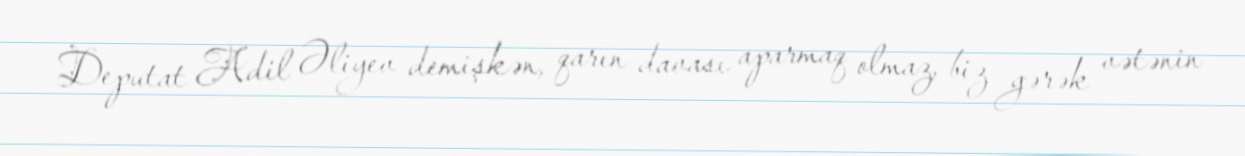
Deputat Adil Əliyev demişkən, qarın davası aparmaq olmaz, biz gərək vətənin